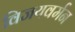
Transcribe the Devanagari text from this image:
विजयवर्मन